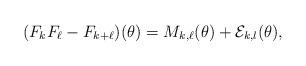
LaTeX: \begin{align*} (F_k F_{\ell} - F_{k+\ell})(\theta) = M_{k,\ell}(\theta) + \mathcal{E}_{k,l}(\theta),\end{align*}